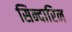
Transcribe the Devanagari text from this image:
सिन्दारिन